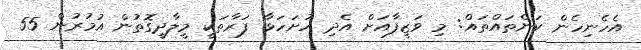
އެހެނިހެން ކަންތައްތައް: މި ވަޒީފާއަށް އެދި ހުށަހަޅާ ފަރާތަކީ މީލާދީގޮތުން އުމުރުން 55